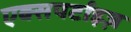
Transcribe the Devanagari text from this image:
एक्सपर्टाइज़